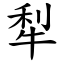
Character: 犁